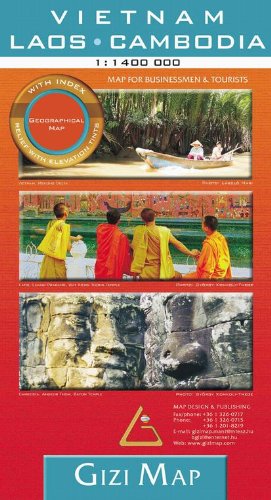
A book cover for Vietnam - Laos / Cambodia Geographical 2014: GIZI; Gizi Map; Travel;